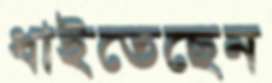
ধাইতেছেন